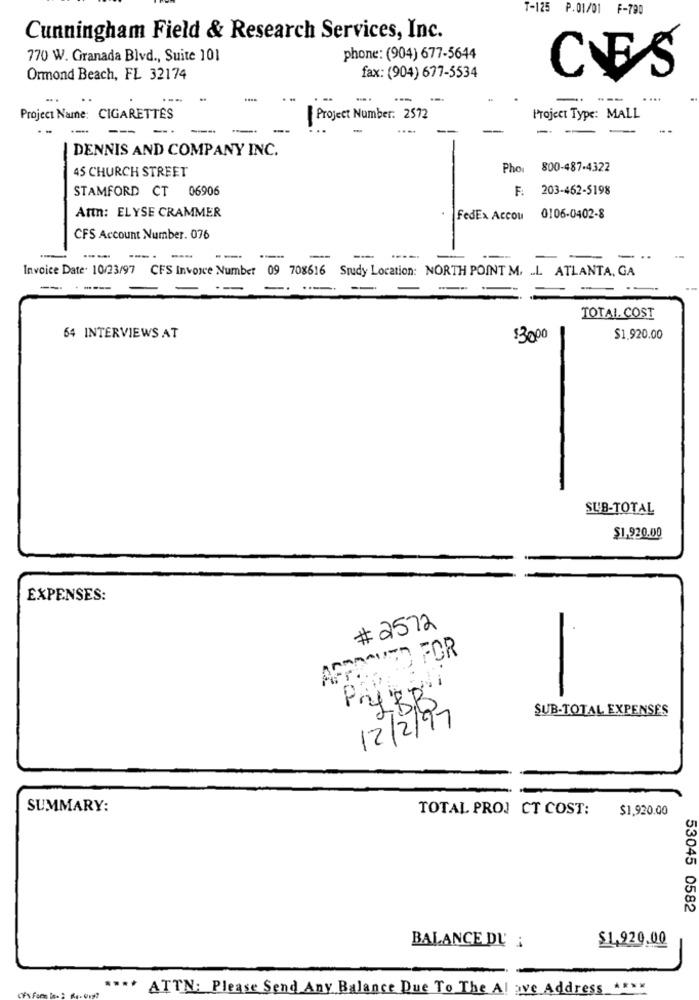
T-125 P.01/01 F-790
Cunningham Field & Research Services, Inc.
770 W. Granada Blvd ., Suite 101
phone: (904) 677-5644
Ormond Beach, FL 32174
fax: (904) 677-5534
CES
. ..
-.
....
Project Name: CIGARETTES
Project Number: 2572
Project Type: MALL
--
-
DENNIS AND COMPANY INC.
45 CHURCH STREET
Pho: 800-487-4322
STAMFORD CT 06906
F: 203-462-5198
Att: ELYSE CRAMMER
FedEx Accou 0106-0402-8
CFS Account Number. 076
-
---
-
-..
Invoice Date: 10/23/97 CFS Invoice Number 09 708616 Study Location: NORTH POINT M. .. L. ATLANTA, GA
--
-
TOTAL COST
64 INTERVIEWS AT
$3000
$1.920.00
SUB-TOTAL
$1,920.00
EXPENSES:
# 2572
APPROVED FOR
PryBB
SUB-TOTAL EXPENSES
12/2/97
SUMMARY:
TOTAL PROJ CT COST:
$1,920.00
53045 0582
$1,920.00
BALANCE DU ;
-
**** ATTN: Please Send Any Balance Due To The Al ave Address
****